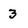
Character: 3